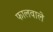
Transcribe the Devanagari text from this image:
फालवाले